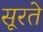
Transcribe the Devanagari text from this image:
सूरते